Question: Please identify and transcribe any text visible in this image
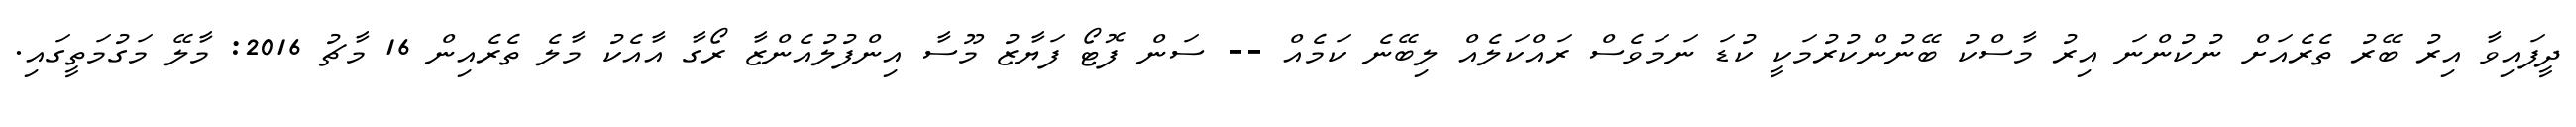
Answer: ދީފައިވާ އިރު ބޭރު ތެރެއަށް ނުކުންނަ އިރު މާސްކު ބޭނުންކުރުމަކީ ކުޑަ ނަމަވެސް ރައްކަލެއް ލިބޭނެ ކަމެއް -- ސަން ފޮޓޯ ފަޔާޒު މޫސާ އިންފުލުއެންޒާ ރޯގާ އާއެކު މާލެ ތެރެއިން 16 މާޗު 2016: މާލޭ މަގުމަތީގައި.